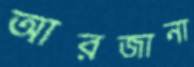
আরজানা